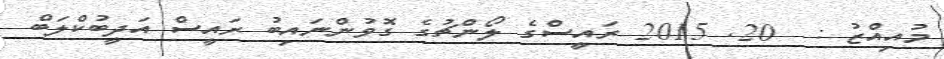
މުއިއްޒު :  20